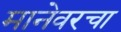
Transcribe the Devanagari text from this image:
मानेवरचा